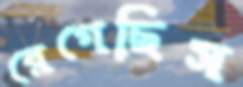
রেগেছিস